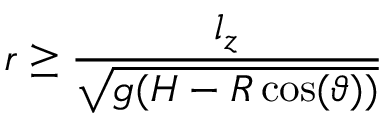
r \geq \frac { l _ { z } } { \sqrt { g ( H - R \cos ( \vartheta ) ) } }